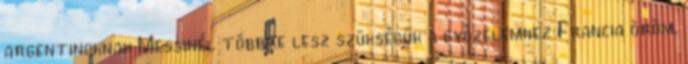
argentinoknak Messinél többre lesz szükségük a győzelemhez Francia öröm,